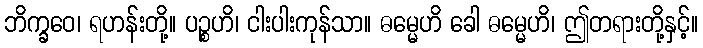
ဘိက္ခဝေ၊ ရဟန်းတို့။ ပဉ္စဟိ၊ ငါးပါးကုန်သာ။ ဓမ္မေဟိ ခေါ ဓမ္မေဟိ၊ ဤတရားတို့နှင့်။